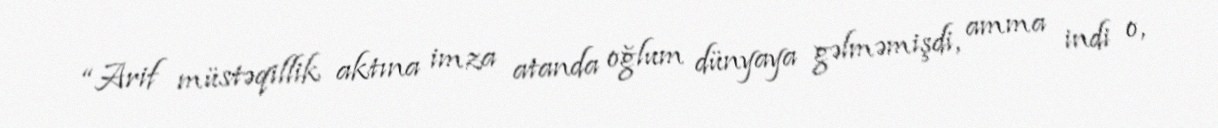
“Arif müstəqillik aktına imza atanda oğlum dünyaya gəlməmişdi, amma indi o,